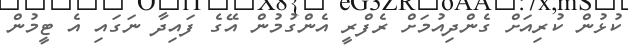
ކުޅުން ކުރިއަށް ގެންދިއުމަށް ރެފްރީ އެންގުމުން އޭގެ ފައިދާ ނަގައި އެ ޓީމުން